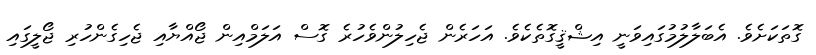
ގޮތަކަށެވެ. އެބަލާލުމުގައިވަނީ އިޝްޤީގޮތެކެވެ. އަހަރެން ޖެހިލުންވެހުރެ ގޮސް އަލަމްއިން ޖޯއްޔާއި ޖެހިގެންހުރި ޖޯލީގައި